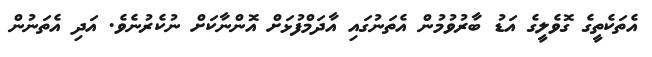
އެތަކެތީގެ ގޮވެލީގެ އަޑު ބާރުވުމުން އެތަނުގައި އާދަމްފުޅަށް އޮންނާކަށް ނުކެރުނެވެ. އަދި އެތަނުން